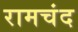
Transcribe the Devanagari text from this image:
रामचंद